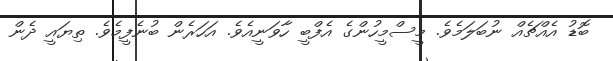
ބޮޑު އެއްޗެއް ނުބަލަމެވެ. މީސްމީހުންގެ އެފްބީ ހާވަނީއެވެ. އަހަރެން ބުނެފީމެވެ. ތިޔައީ ދެން